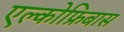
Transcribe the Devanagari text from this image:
एल्कोफ्रिबास